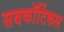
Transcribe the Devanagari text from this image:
सबकॉर्टिकल